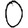
Digit: 0